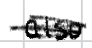
Text: also
Cross-out: scratch
Writing tool: digital_black